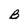
Character: B